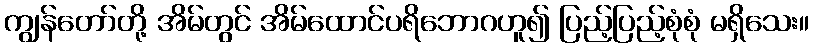
ကျွန်တော်တို့ အိမ်တွင် အိမ်ထောင်ပရိဘောဂဟူ၍ ပြည့်ပြည့်စုံစုံ မရှိသေး။